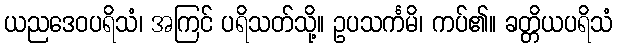
ယညဒေဝပရိသံ၊ အကြင် ပရိသတ်သို့။ ဥပသင်္ကမိ၊ ကပ်၏။ ခတ္တိယပရိသံ